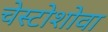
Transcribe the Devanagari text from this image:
चेस्टोशोवा